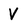
Character: V